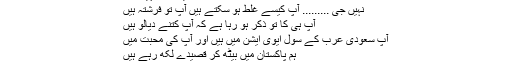
میں غلط نہیں ہوں
نہیں جی ......... آپ کیسے غلط ہو سکتے ہیں آپ تو فرشتہ ہیں
آپ ہی کا تو ذکر ہو رہا ہے کہ آپ کتنے دَیالو ہیں
آپ سعودی عرب کے سول ایوی ایشن میں ہیں اور آپ کی محبت میں
ہم پاکستان میں بیٹھ کر قصیدے لکھ رہے ہیں
آپ کو غلط کس نے کہا؟